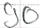
Text: 90